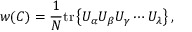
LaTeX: w ( C ) = \frac { 1 } { N } \mathrm { t r } \left\{ U _ { \alpha } U _ { \beta } U _ { \gamma } \cdots U _ { \lambda } \right\} ,